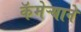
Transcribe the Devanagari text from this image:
कॅमेऱ्याने